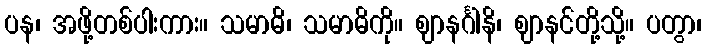
ပန၊ အဖို့တစ်ပါးကား။ သမာဓိ၊ သမာဓိကို။ ဈာနင်္ဂါနိ၊ ဈာနင်တို့သို့။ ပတွာ၊